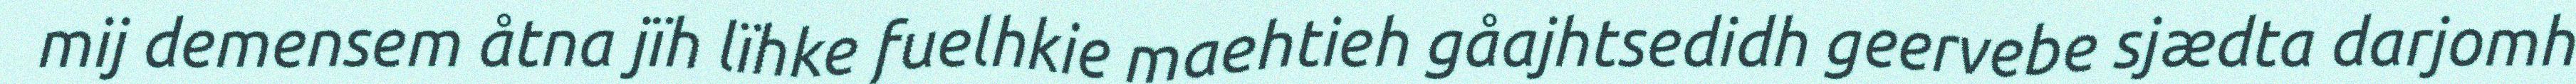
mij demensem åtna jïh lïhke fuelhkie maehtieh gåajhtsedidh geervebe sjædta darjomh